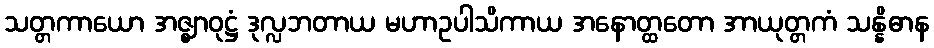
သတ္တကာယော အဇ္ဈာဝုဋ္ဌံ ဒုလ္လဘတာယ မဟာဥပါသိကာယ အနောတ္ထတော အာယုတ္တကံ သန္နိဓာန